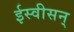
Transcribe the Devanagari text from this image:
ईस्वीसन्